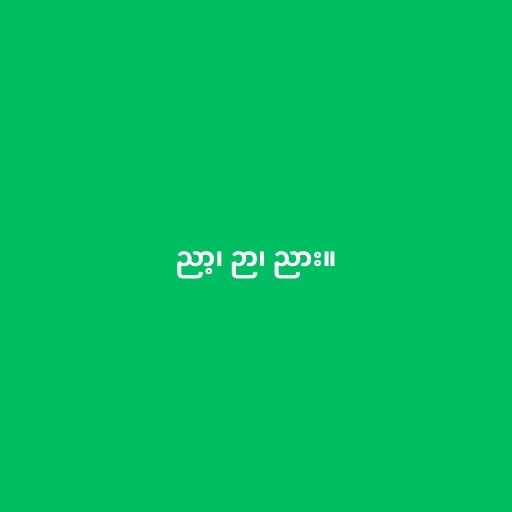
ညာ့၊ ဉာ၊ ညား။